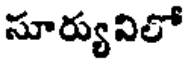
సూర్యువిలో